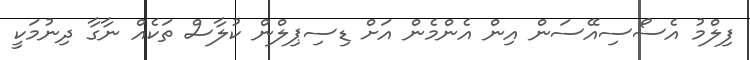
ފިލްމު އެސޯސިއޭސަން އިން އެންމެން އަށް ޑިސިޕިލްން ކުލާސް ތަކެއް ނާގާ ދިނުމަކީ